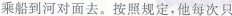
乘船到河对面去。按照规定，他每次只